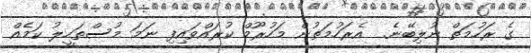
ގެ ރަހުމަތް ނުލިބޭނެ.  އެރަހުމަތުން މަހުރޫމް ކުރައްވައިފި ނަމަ މުސްތަހީލު ކަމެއް